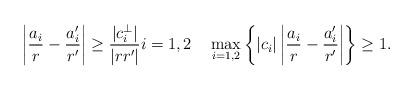
LaTeX: \begin{align*}\left|\frac{a_i}{r}-\frac{a_i'}{r'}\right|\geq \frac{|c_i^\bot|}{|rr'|}i=1,2 \quad\max_{i=1,2}\left\{|c_i|\left|\frac{a_i}{r}-\frac{a_i'}{r'}\right|\right\}\geq 1.\end{align*}